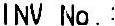
INV NO. :